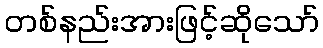
တစ်နည်းအားဖြင့်ဆိုသော်